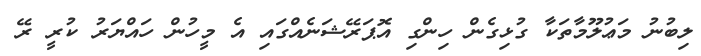
ލިބުނު މަޢުލޫމާތަކާ ގުޅިގެން ހިންގި އޮޕަރޭޝަނެއްގައި އެ މީހުން ހައްޔަރު ކުރީ ރޭ